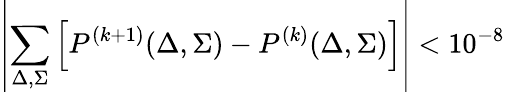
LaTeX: \displaystyle\left|\sum_{\Delta,\Sigma}\left[P^{(k+1)}(\Delta,\Sigma)-P^{(k)}(\Delta,\Sigma)\right]\right|<10^{-8}